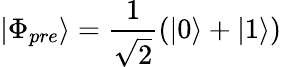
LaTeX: |\Phi_{pre}\rangle=\frac{1}{\sqrt{2}}(|0\rangle+|1\rangle)